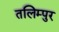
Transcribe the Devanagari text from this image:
तलिम्पुर